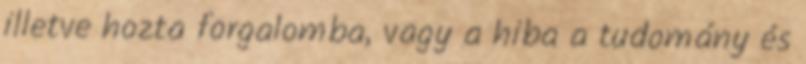
illetve hozta forgalomba, vagy a hiba a tudomány és